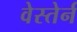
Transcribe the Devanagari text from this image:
वेस्तेर्न